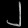
Digit: ၂